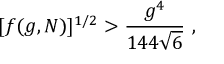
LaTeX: [ f ( g , N ) ] ^ { 1 / 2 } > { \frac { g ^ { 4 } } { 1 4 4 \sqrt { 6 } } } ~ ,